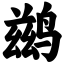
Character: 鹚